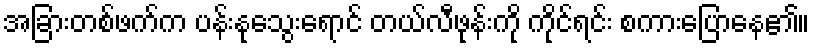
အခြားတစ်ဖက်က ပန်းနုသွေးရောင် တယ်လီဖုန်းကို ကိုင်ရင်း စကားပြောနေ၏။